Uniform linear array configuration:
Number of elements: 24
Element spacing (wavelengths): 0.25
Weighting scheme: binomial
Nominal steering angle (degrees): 30
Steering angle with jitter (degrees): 29.357
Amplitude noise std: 0.05
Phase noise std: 0.05

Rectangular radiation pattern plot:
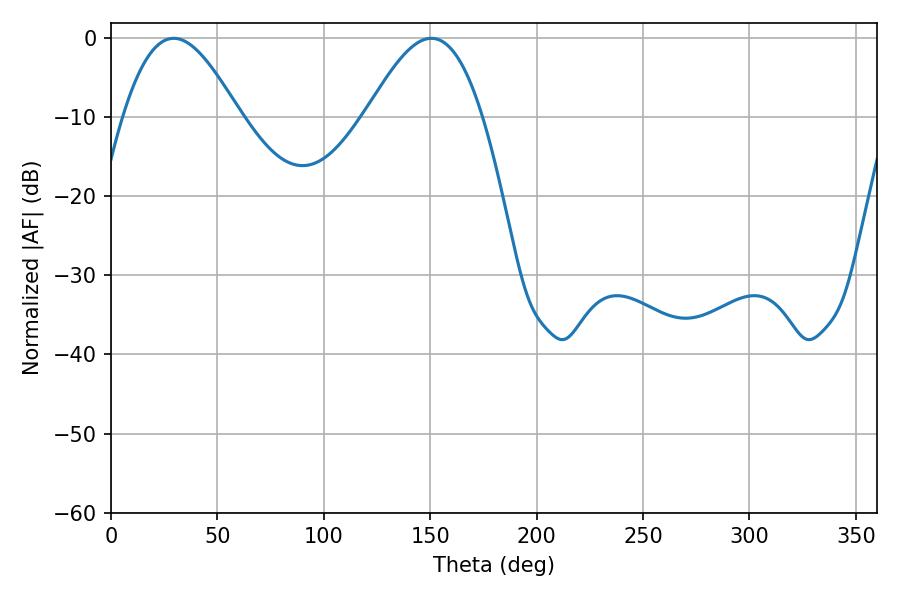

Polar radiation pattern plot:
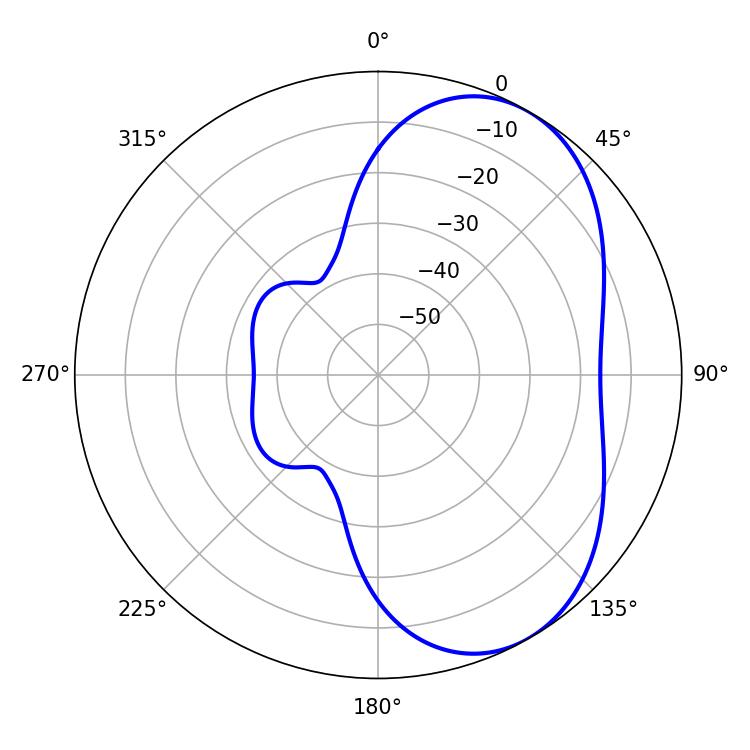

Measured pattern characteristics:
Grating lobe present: FALSE
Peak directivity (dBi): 5.23
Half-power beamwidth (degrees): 29.52
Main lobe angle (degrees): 29.52